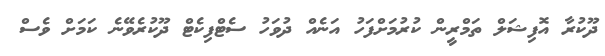
ދޫކުރާ އޮފިޝަލް ތަމްރީން ކުރުމަށްފަހު އަނެއް ދުވަހު ސެޓްފިކެޓް ދޫކުރެވޭނެ ކަމަށް ވެސް